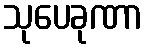
သုပေခုဏာ